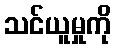
သင်ယူမှုကို